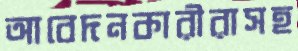
আবেদনকারীরাসহ